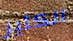
الكثير